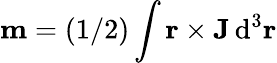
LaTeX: \mathbf m=(1/2)\int\mathbf r\times\mathbf J\, \mathrm{d}^{3}\mathbf r